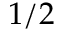
1 / 2